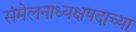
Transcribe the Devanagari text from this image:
संमेलनाध्यक्षपदाच्या